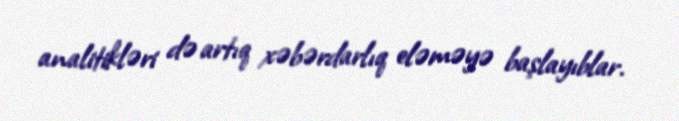
analitikləri də artıq xəbərdarlıq eləməyə başlayıblar.